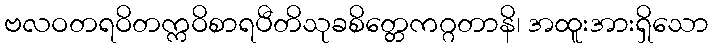
ဗလဝတရဝိတက္ကဝိစာရပီတိသုခစိတ္တေကဂ္ဂတာနိ၊ အထူးအားရှိသော